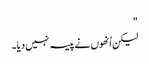
"
لیکن اُنھوں نے پیسہ نہیں دیا۔